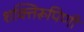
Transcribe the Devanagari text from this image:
शक्तिरूपिणी